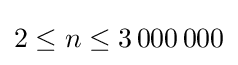
2\leq n\leq 3\,000\,000